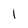
Character: l